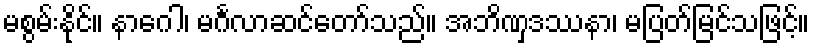
မစွမ်းနိုင်။ နာဂေါ၊ မင်္ဂလာဆင်တော်သည်။ အဘိဏှဒဿနာ၊ မပြတ်မြင်သဖြင့်။